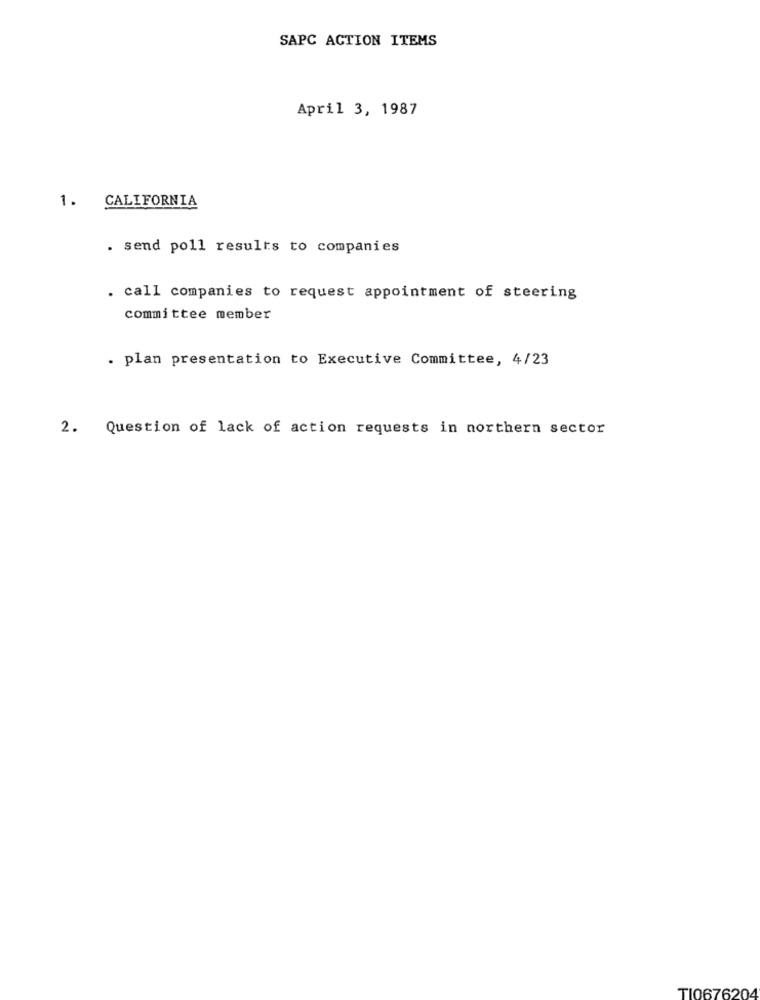
SAPC ACTION ITEMS
April 3, 1987
1. CALIFORNIA
. send poll results to companies
. call companies to request appointment of steering
committee member
. plan presentation to Executive Committee, 4/23
2.
Question of lack of action requests in northern sector
TI0676204